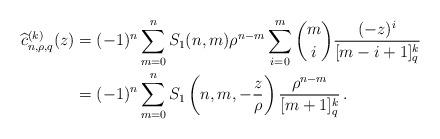
LaTeX: \begin{align*} \widehat c_{n,\rho,q}^{(k)}(z)&=(-1)^n\sum_{m=0}^n S_1(n,m)\rho^{n-m}\sum_{i=0}^m\binom{m}{i}\frac{(-z)^i}{[m-i+1]_q^k}\\&=(-1)^n\sum_{m=0}^n S_1\left(n,m,-\frac{z}{\rho}\right)\frac{\rho^{n-m}}{[m+1]_q^k}\,. \end{align*}